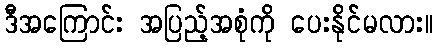
ဒီအကြောင်း အပြည့်အစုံကို ပေးနိုင်မလား။